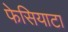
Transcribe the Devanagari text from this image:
फेसियाटा